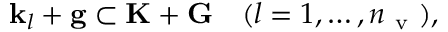
\mathbf { k } _ { l } + \mathbf { g } \subset \mathbf { K } + \mathbf { G } \quad ( l = 1 , \ldots , n _ { \mathrm { ~ v ~ } } ) ,